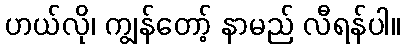
ဟယ်လို၊ ကျွန်တော့် နာမည် လီရန်ပါ။